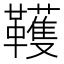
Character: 韄